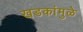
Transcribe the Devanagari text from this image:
खडकांमुळे